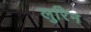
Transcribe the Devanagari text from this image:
लुरिन